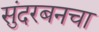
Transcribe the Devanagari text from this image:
सुंदरबनचा